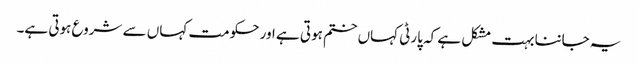
یہ جاننا بہت مشکل ہے کہ پارٹی کہاں ختم ہوتی ہے اور حکومت کہاں سے شروع ہوتی ہے۔